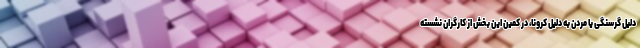
دلیل گرسنگی یا مُردن به دلیل کرونا، در کمین این بخش از کارگران نشسته